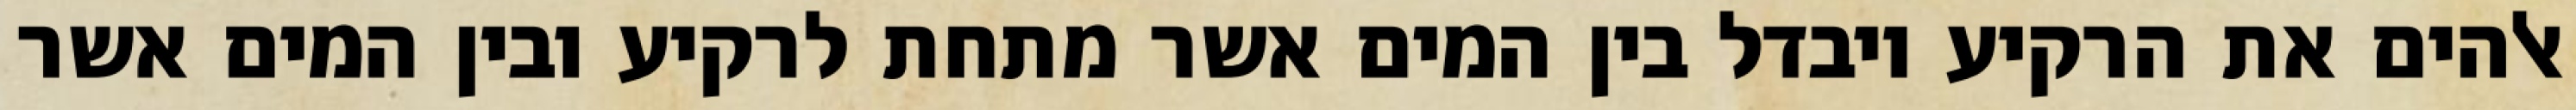
אלהים את הרקיע ויבדל בין המים אשר מתחת לרקיע ובין המים אשר